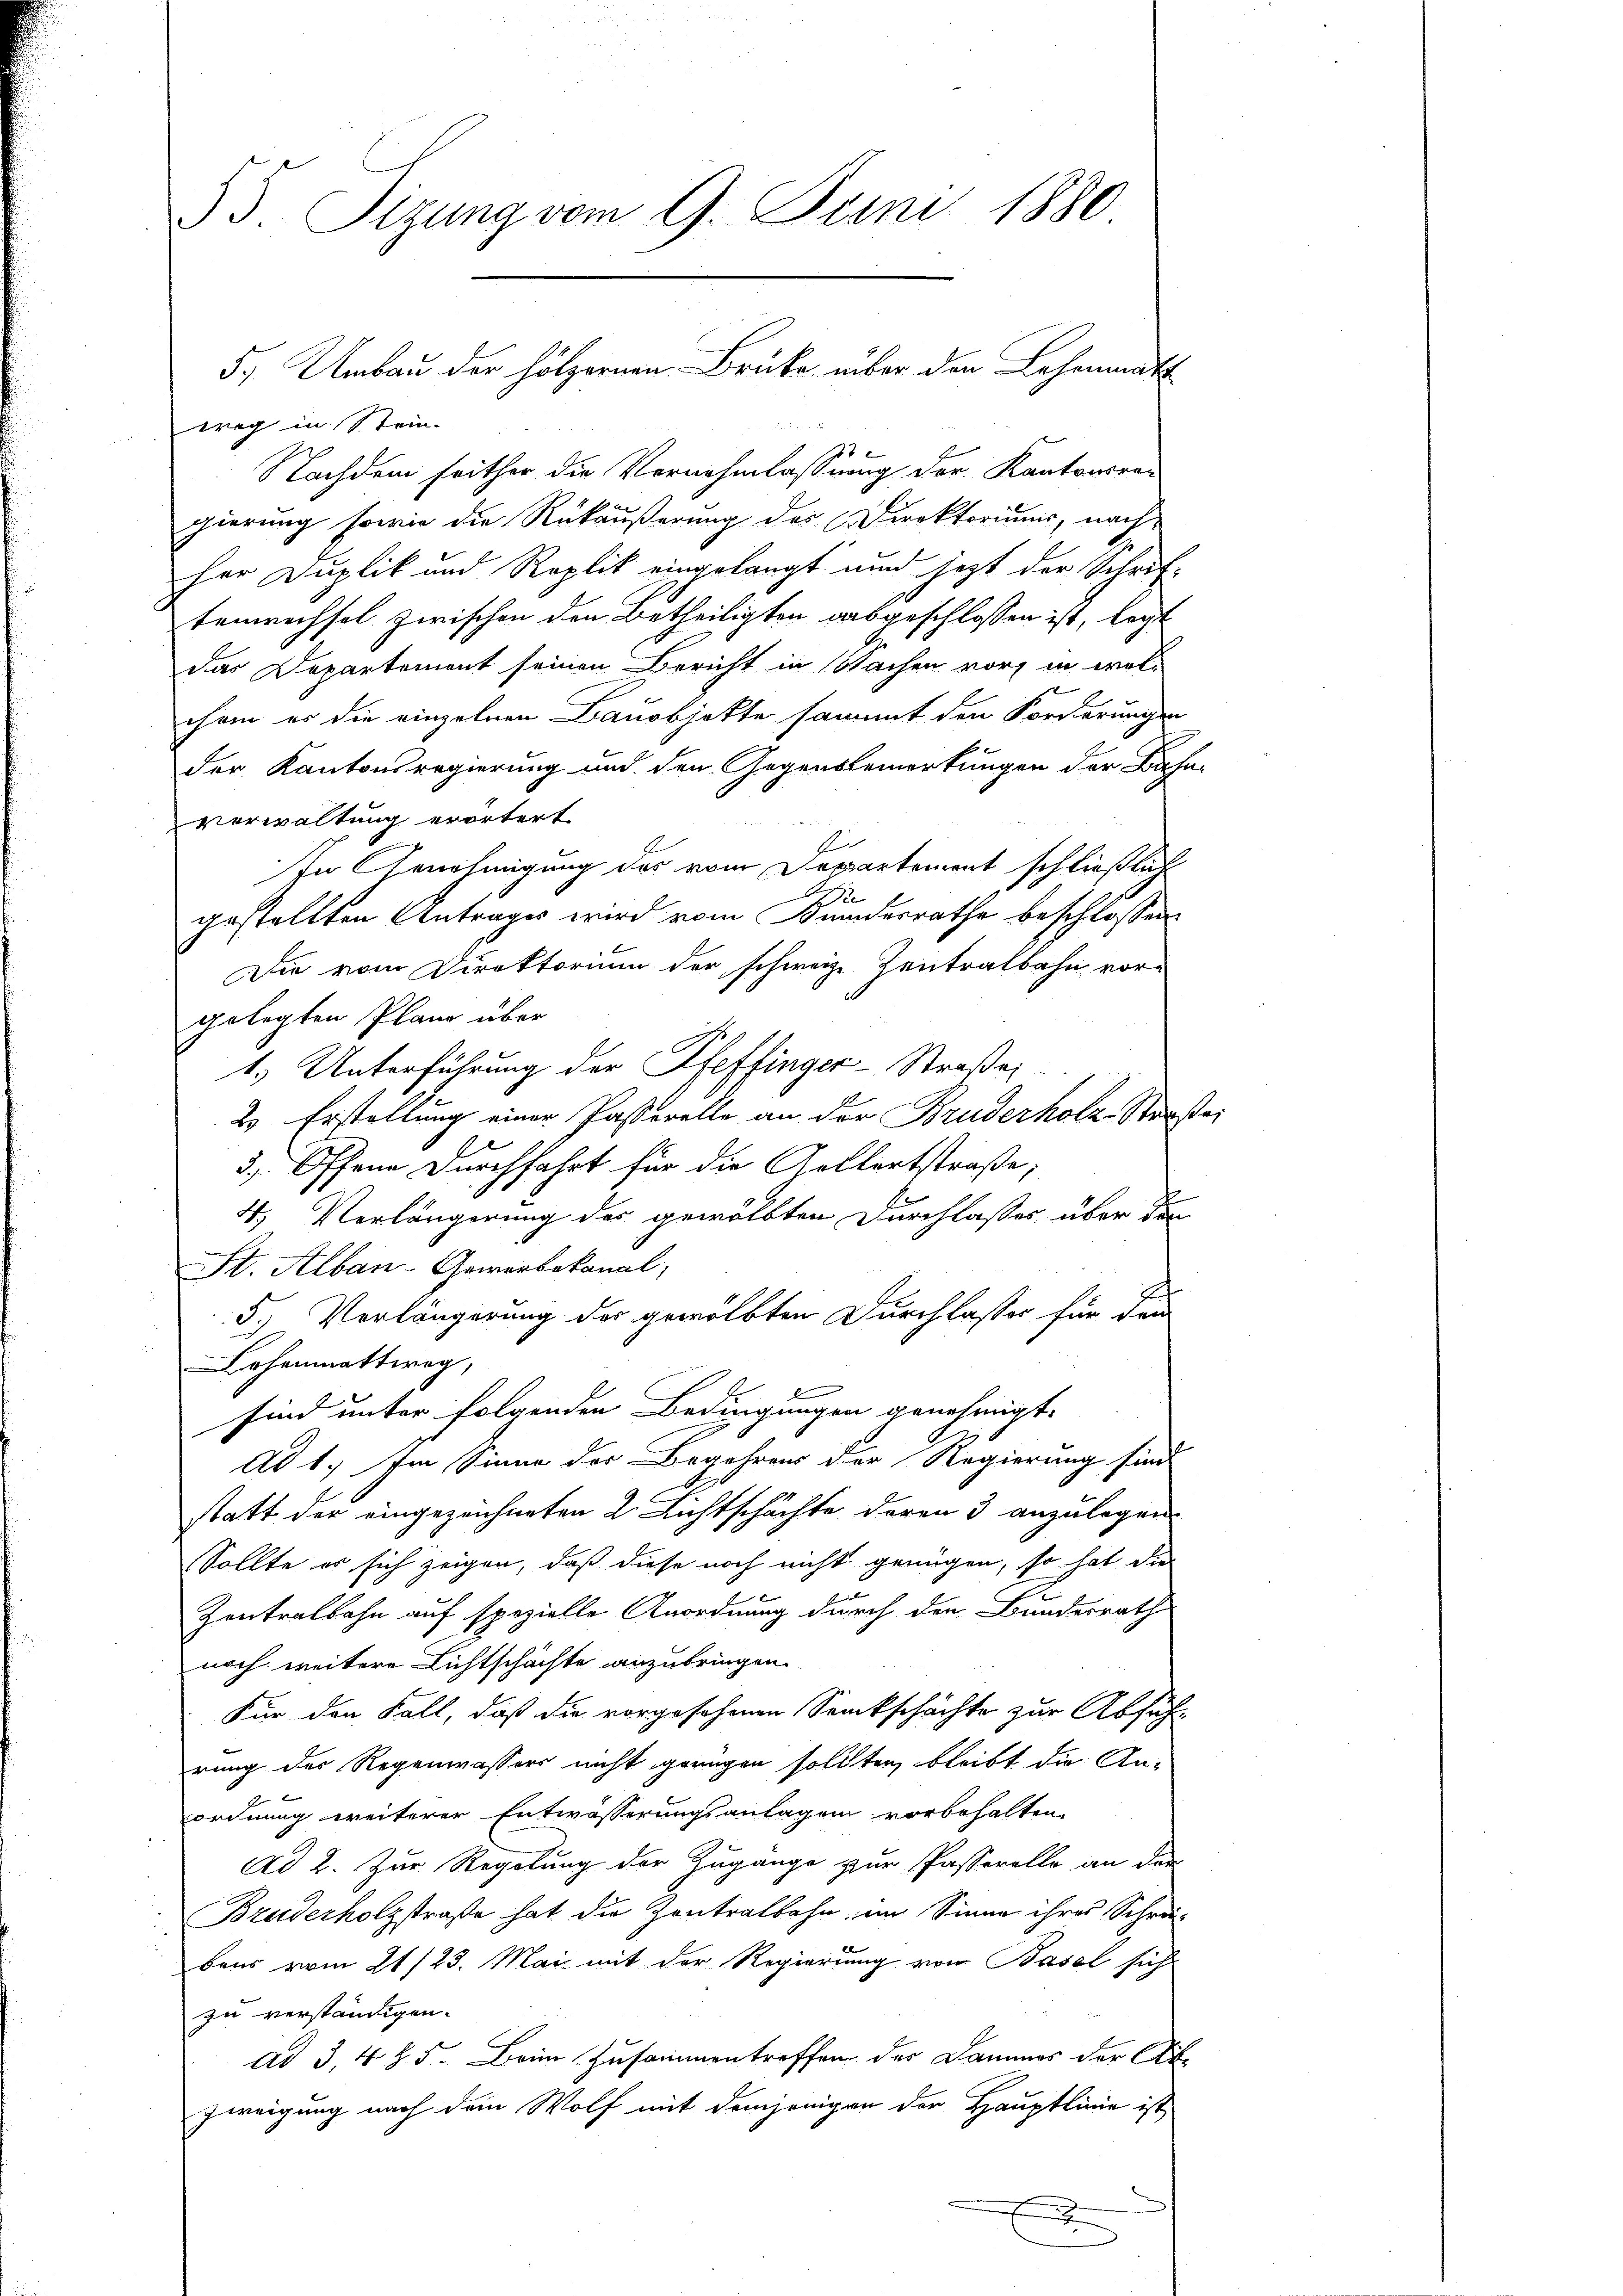
53. Sizung vom 9. Juni 1880

weg in Stein.
2
Nachdem seither die Vernehmlassung der Kantonsra-
gierung sowie die Rükäußerung des Direktoriums, nach
her Duplik und Roplik eingelangt und jetzt der Schrif-
tenrechsel zwischen den Betheiligten ausgeschlossen ist, legt
das Departement seinen Bericht in Sachen vor in welchem er die einzelnen Bauobjekte sammt den Forderungen
der Kantonsregierung und den Gegensbemerkungen der Bahn-
verwaltung erörtert
In Genehmigung des vom Departement schließlich
2
gestellten Antrages wird vom Bundesrathe beschlossen:
Die vom Direktorium der schweiz. Zentralbahn vor-
gelegten Plane über
1.) Unterführung der Pfeffinger-Straße
2. Erstellung einer Pasterelle an der Bruderholz-Straße
3 Offene Durchfahrt für die Gellertstraße;
4.) Verlängerung des gewölbten Durchlasses über den
St. Alban-Gewerbekanal,
5.) Verlängerung des gewölbten Durchlasser für den
Lehenmattweg,
sind unter folgenden Bedingungen genehmigt.
Ad 1. Im Sinne der Begehrens der Regierung sind
statt der eingezeichneten 2 Lichtschächte deren 3 anzulegen
Sollte es sich zeigen, daß diese noch nicht genügen, so hat die
Zentralbahn auf spezielle Anordnung durch den Bundesrath
noch weitere Lichtschächte anzubringen.
Für den Fall, daß die vorgesehenen Senkschächte zur Abfüh-
rung des Regenwassers nicht genügen sollten, bleibt die An-
ordnung weiterer Entwässerungsanlagen vorbehalten.
Ad 2. Zur Regelung der Zugange zur Passerelle an der
Bruederholzstraße hat die Zentralbahn, im Sinne ihres Schrä-
bens vom 21/23. Mai mit der Regierung von Basel sich
zu verständigen.
ad 3, 4 § 5. Beim Zusammentreffen der Dammes der Ab-
Zweigung nach dem Wolf mit demjenigen der Hauptlinie ist
g

5.) Umbau der hölzernen Brüke über den Lehenmatt